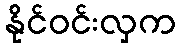
နိုင်ဝင်းလှက